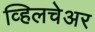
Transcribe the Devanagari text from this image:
व्हिलचेअर